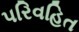
પરિવહિત